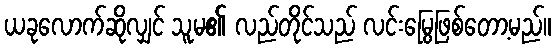
ယခုလောက်ဆိုလျှင် သူမ၏ လည်တိုင်သည် လင်းမြွေဖြစ်တော့မည်။